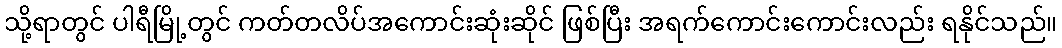
သို့ရာတွင် ပါရီမြို့တွင် ကတ်တလိပ်အကောင်းဆုံးဆိုင် ဖြစ်ပြီး အရက်ကောင်းကောင်းလည်း ရနိုင်သည်။